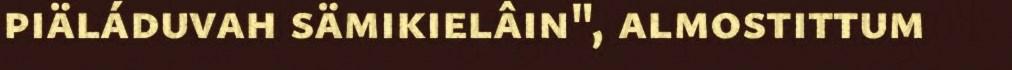
piäláduvah sämikielâin", almostittum